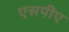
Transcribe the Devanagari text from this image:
एसपीए